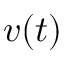
v ( t )